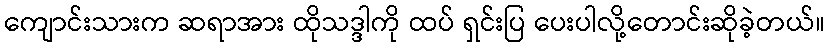
ကျောင်းသားက ဆရာအား ထိုသဒ္ဒါကို ထပ် ရှင်းပြ ပေးပါလို့တောင်းဆိုခဲ့တယ်။